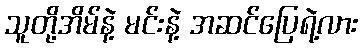
သူတို့အိမ်နဲ့ မင်းနဲ့ အဆင်ပြေရဲ့လား